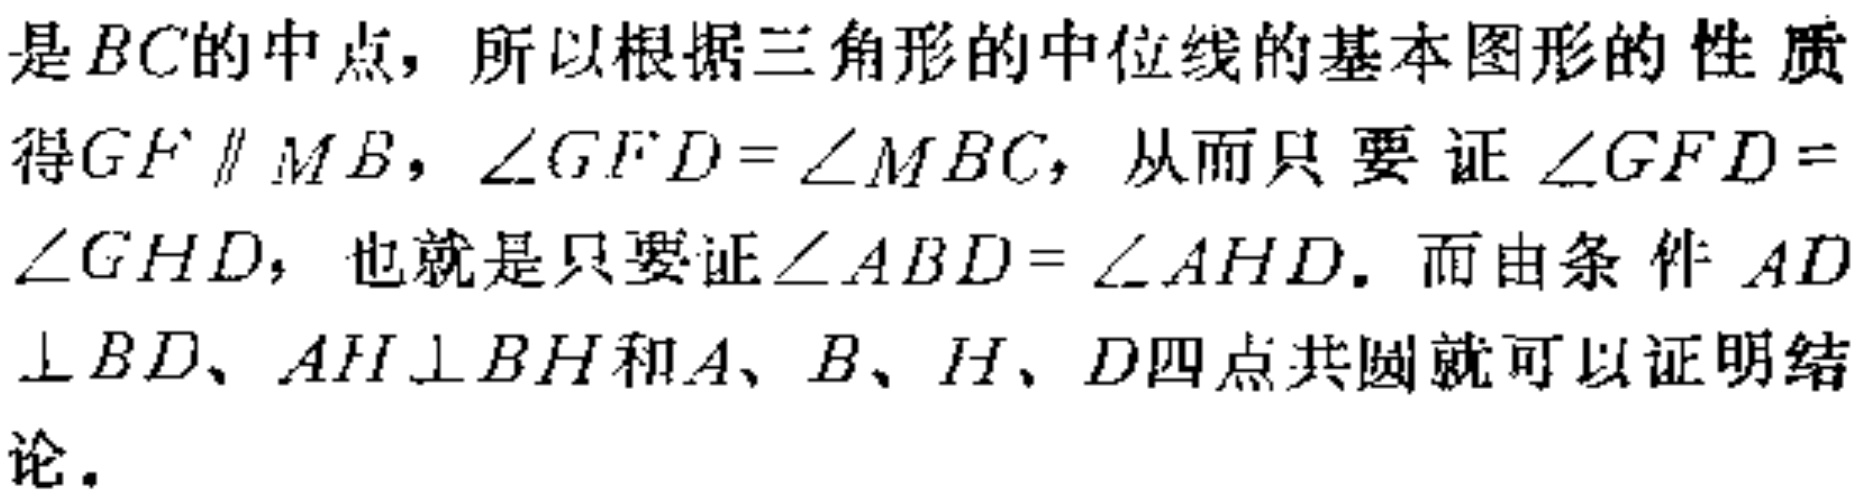
是 \(BC\) 的中点，所以根据三角形的中位线的基本图形的性质得 \(GF \parallel MB\)，\(\angle GFD = \angle MBC\)，从而只要证 \(\angle GFD = \angle GHD\)，也就是只要证\(\angle ABD = \angle AHD\)。而由条件 \(AD\perp BD\)、\(AH\perp BH\) 和 \(A\)、\(B\)、\(H\)、\(D\) 四点共圆就可以证明结论。